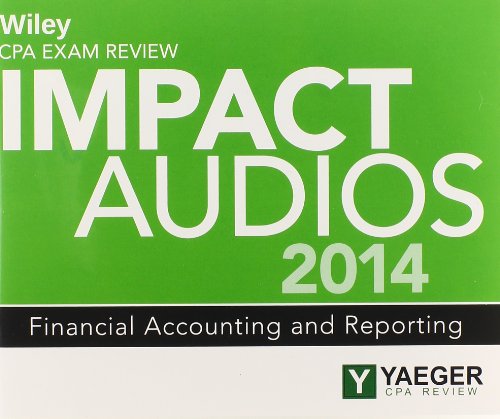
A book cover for Wiley CPA Exam Review 2014 Impact Audios: Financial Accounting and Reporting (Wiley CPA Exam Review Impact Audios); Philip L. Yaeger; Test Preparation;